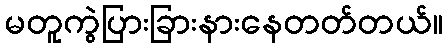
မတူကွဲပြားခြားနားနေတတ်တယ်။